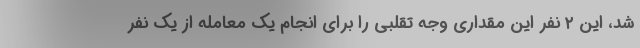
شد، این ۲ نفر این مقداری وجه تقلبی را برای انجام یک معامله از یک نفر